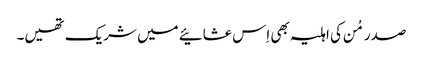
صدر مُن کی اہلیہ بھی اِس عشائیے میں شریک تھیں۔